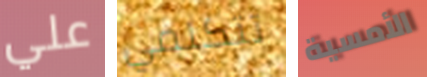
علي تتكلمي الأمسية